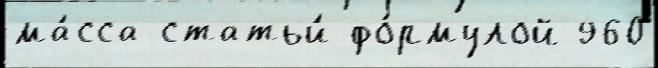
ма́сса статьи́ фо́рмулой 960